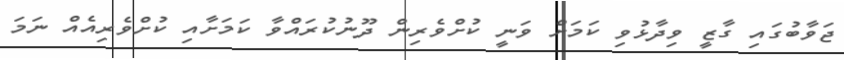
ޖަވާބުގައި ގާޒީ ވިދާޅުވި ކަމަށް ވަނީ ކުށްވެރިން ދޫނުކުރައްވާ ކަމަށާއި ކުށްވެރިއެއް ނަމަ